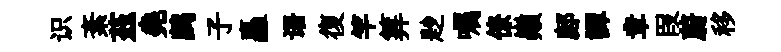
识紊茲堯鹧子矗语復竿筭尟嘱僚巔鄜譚章叚蔚移